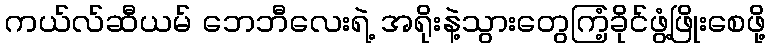
ကယ်လ်ဆီယမ် ဘေဘီလေးရဲ့ အရိုးနဲ့သွားတွေကြံ့ခိုင်ဖွံ့ဖြိုးစေဖို့